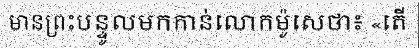
មានព្រះបន្ទូលមកកាន់លោកម៉ូសេថា៖ «តើ